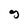
Character: g